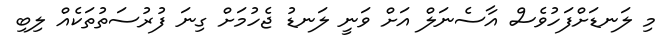
މި ލަނޑަށްފަހުވެސް އާސެނަލް އަށް ވަނީ ލަނޑު ޖެހުމަށް ގިނަ ފުރުސަތުތަކެއް ލިބި